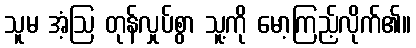
သူမ အံ့ဩ တုန်လှုပ်စွာ သူ့ကို မော့ကြည့်လိုက်၏။